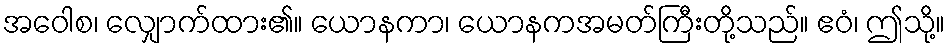
အဝေါစ၊ လျှောက်ထား၏။ ယောနကာ၊ ယောနကအမတ်ကြီးတို့သည်။ ဧဝံ၊ ဤသို့။